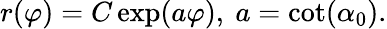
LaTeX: r(\varphi)=C\exp(a\varphi),\ a=\cot(\alpha_{0}).